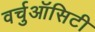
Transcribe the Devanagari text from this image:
वर्चुऑसिटी